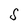
Character: S